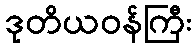
ဒုတိယဝန်ကြီး